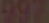
997